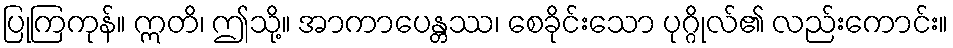
ပြုကြကုန်။ ဣတိ၊ ဤသို့။ အာကာပေန္တဿ၊ စေခိုင်းသော ပုဂ္ဂိုလ်၏ လည်းကောင်း။